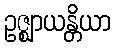
ဥဇ္ဈာယန္တိယာ